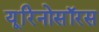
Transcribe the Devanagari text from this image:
यूरिनोसॉरस